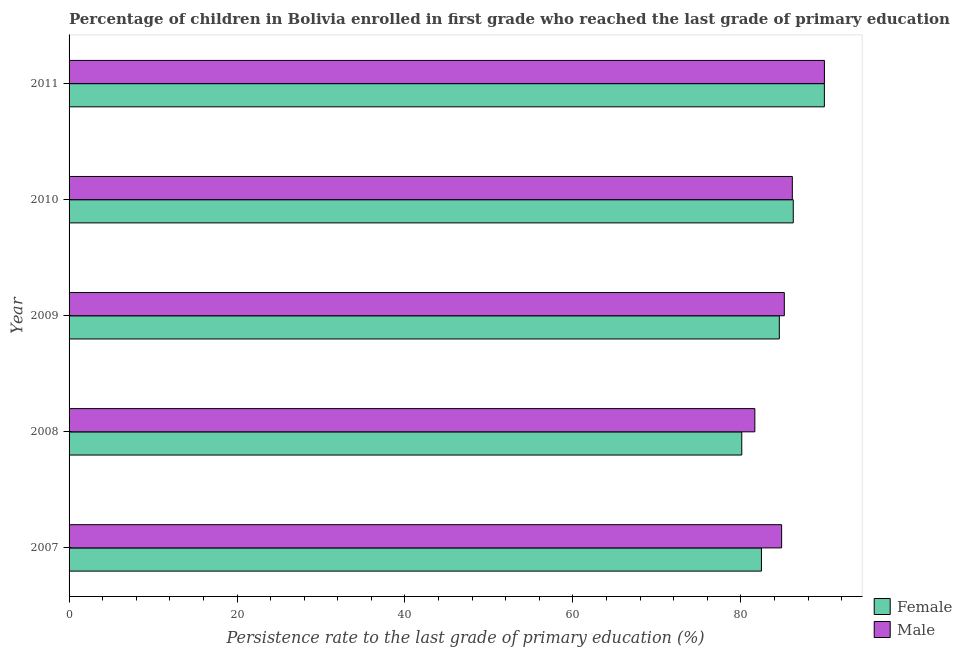
| Year | Female | Male |
 | --- | --- | --- |
 | 2007 | 82.4 | 84.9 |
 | 2008 | 80.1 | 81.7 |
 | 2009 | 84.6 | 85.2 |
 | 2010 | 86.2 | 86.1 |
 | 2011 | 89.9 | 90 |